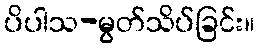
ပိပါသ-မွတ်သိပ်ခြင်း။